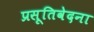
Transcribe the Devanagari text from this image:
प्रसूतिवेदना